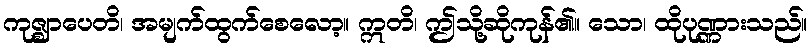
ကုဇ္ဈာပေတိ၊ အမျက်ထွက်စေလော့။ ဣတိ၊ ဤသို့ဆိုကုန်၏။ သော၊ ထိုပုဏ္ဏားသည်။